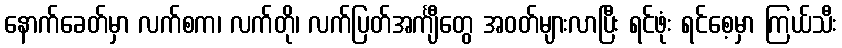
နောက်ခေတ်မှာ လက်စက၊ လက်တို၊ လက်ပြတ်အင်္ကျီတွေ အဝတ်များလာပြီး ရင်ဖုံး ရင်စေ့မှာ ကြယ်သီး